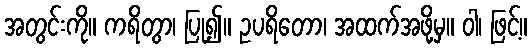
အတွင်းကို။ ကရိတွာ၊ ပြု၍။ ဥပရိတော၊ အထက်အဖို့မှ။ ဝါ၊ ဖြင့်။